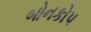
બોનકોપ